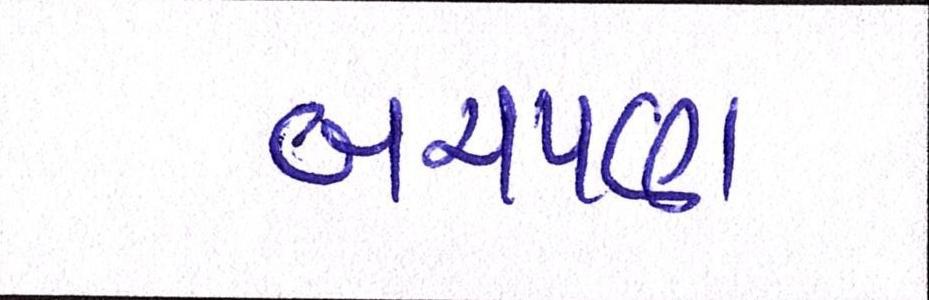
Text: બચપણ